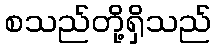
စသည်တို့ရှိသည်